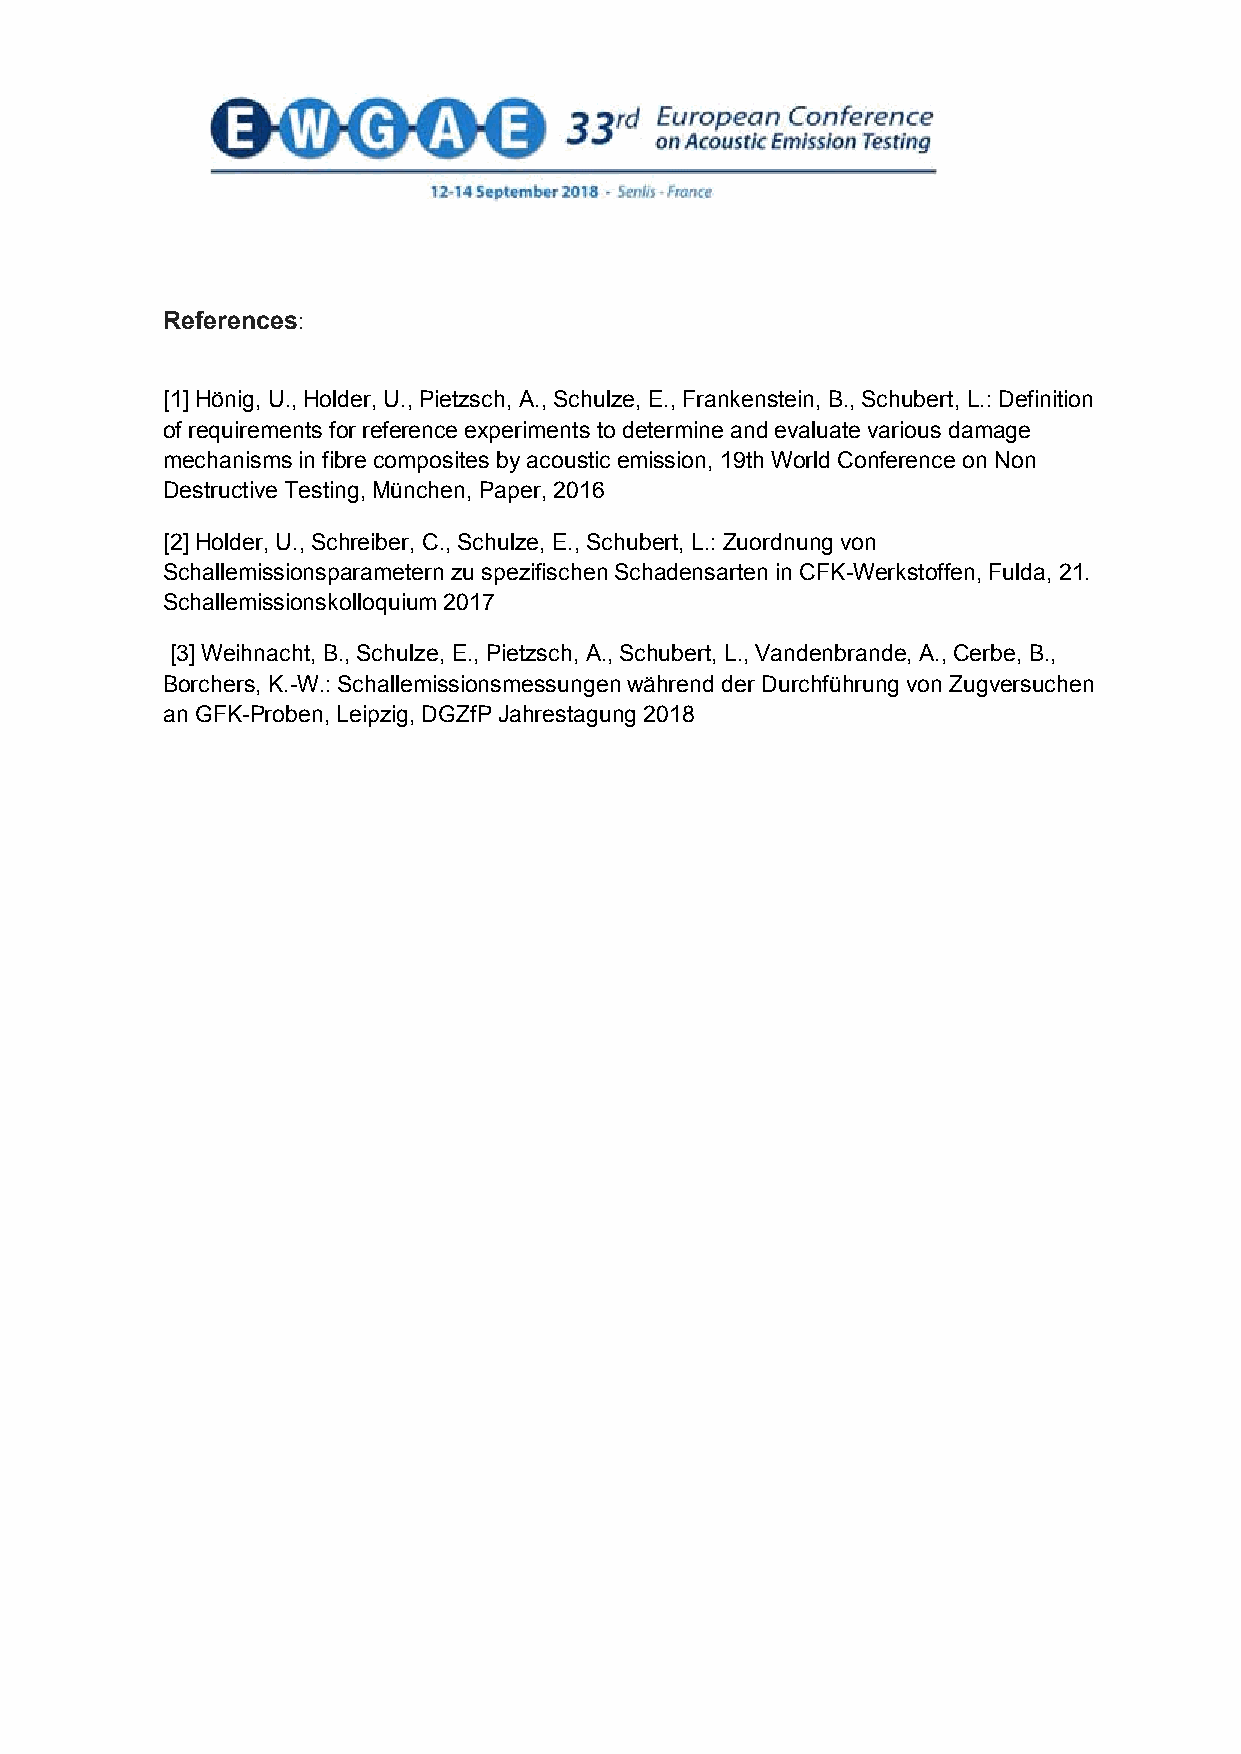
References:
 [1] Hönig, U., Holder, U., Pietzsch, A., Schulze, E., Frankenstein, B., Schubert, L.: Definition
 of requirements for reference experiments to determine and evaluate various damage
 mechanisms in fibre composites by acoustic emission, 19th World Conference on Non
 Destructive Testing, München, Paper, 2016
 [2] Holder, U., Schreiber, C., Schulze, E., Schubert, L.: Zuordnung von
 Schallemissionsparametern zu spezifischen Schadensarten in CFK-Werkstoffen, Fulda, 21.
 Schallemissionskolloquium 2017
 [3] Weihnacht, B., Schulze, E., Pietzsch, A., Schubert, L., Vandenbrande, A., Cerbe, B.,
 Borchers, K.-W.: Schallemissionsmessungen während der Durchführung von Zugversuchen
 an GFK-Proben, Leipzig, DGZfP Jahrestagung 2018
 8